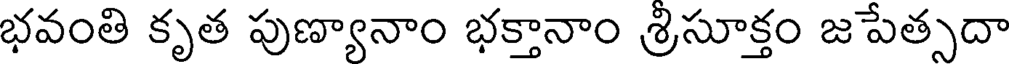
భవంతి కృత పుణ్యానాం భక్తానాం శ్రిసూక్తం జపేత్సదా